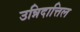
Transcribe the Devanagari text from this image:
उन्निदात्तिल